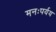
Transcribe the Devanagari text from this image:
मनःपर्यय